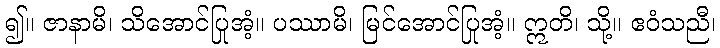
၍။ ဇာနာမိ၊ သိအောင်ပြုအံ့။ ပဿာမိ၊ မြင်အောင်ပြုအံ့။ ဣတိ၊ သို့။ ဧဝံသညီ၊